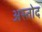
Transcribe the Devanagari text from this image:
अस्तोद